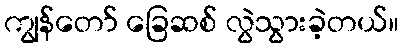
ကျွန်တော် ခြေဆစ် လွဲသွားခဲ့တယ်။